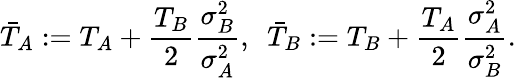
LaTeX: \bar{T}_{A}:=T_{A}+\frac{T_{B}}{2}\frac{\sigma_{B}^{2}}{\sigma_{A}^{2}},~~\bar{T}_{B}:=T_{B}+\frac{T_{A}}{2}\frac{\sigma_{A}^{2}}{\sigma_{B}^{2}}.